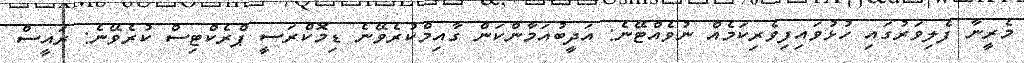
މެރީނާ ފެލިވަރުގައި ހުޅުވައިފިވެރިކަމެއް ނުވެއްޓޭނެ: އަދީބުއަމާންކަން ގާއިމްކުރެވޭނެ ޑިމޮކްރަސީ ޕްރެކްޓިސް ކުރެވޭނެ: ރައީސް